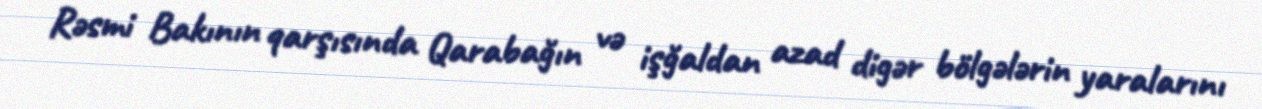
Rəsmi Bakının qarşısında Qarabağın və işğaldan azad digər bölgələrin yaralarını